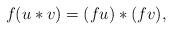
LaTeX: \begin{align*}f(u\ast v)=(fu)\ast(fv),\end{align*}